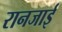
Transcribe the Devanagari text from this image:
रानजाई